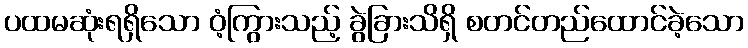
ပထမဆုံးရရှိသော ဝံ့ကြွားသည့် ခွဲခြားသိရှိ စတင်တည်ထောင်ခဲ့သော